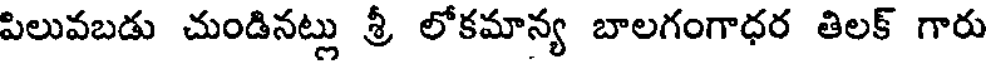
పిలువబడు చుండినట్లు శ్రీ లోకమాన్య బాలగంగాధర తిలక్ గారు